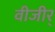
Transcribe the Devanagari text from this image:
वीजीर्